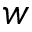
w